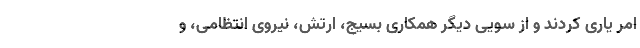
امر یاری کردند و از سویی دیگر همکاری بسیج، ارتش، نیروی انتظامی، و